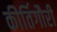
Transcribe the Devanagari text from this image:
कीर्तिगौरी